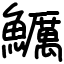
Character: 鱱